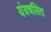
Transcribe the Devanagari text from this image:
यंत्रचलित